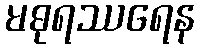
မဓုရဿရေန